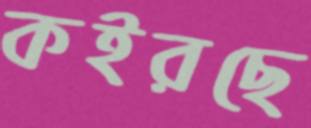
কইরছে